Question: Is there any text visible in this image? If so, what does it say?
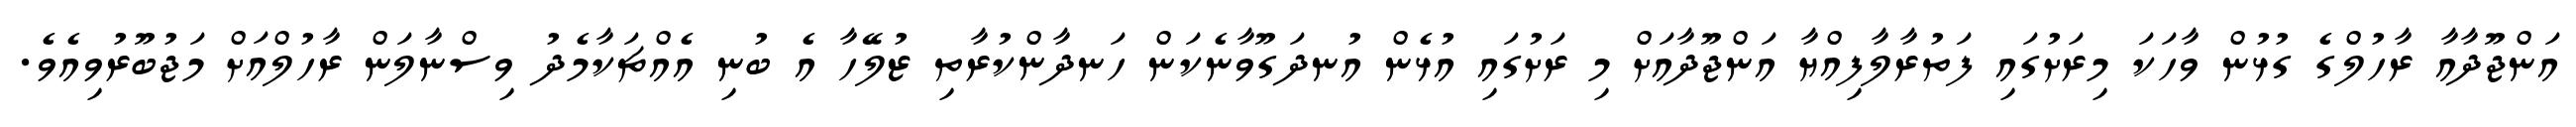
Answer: އަންޖޫދާއާ ރާހުލްގެ ގުޅުން ވާހަކަ މިރަށުގައި ފަތުރާލާފިއްޔާ އަންޖޫދާއަށް މި ރަށުގައި އުޅެން އުނދަގޫވާނެކަން ހަނދާންކުރާތި ޒުލޭހާ އެ ބުނި އެއްޗަކާމެދު ވިސްނާލަން ރާހުލްއަށް މަޖުބޫރުވިއެވެ.